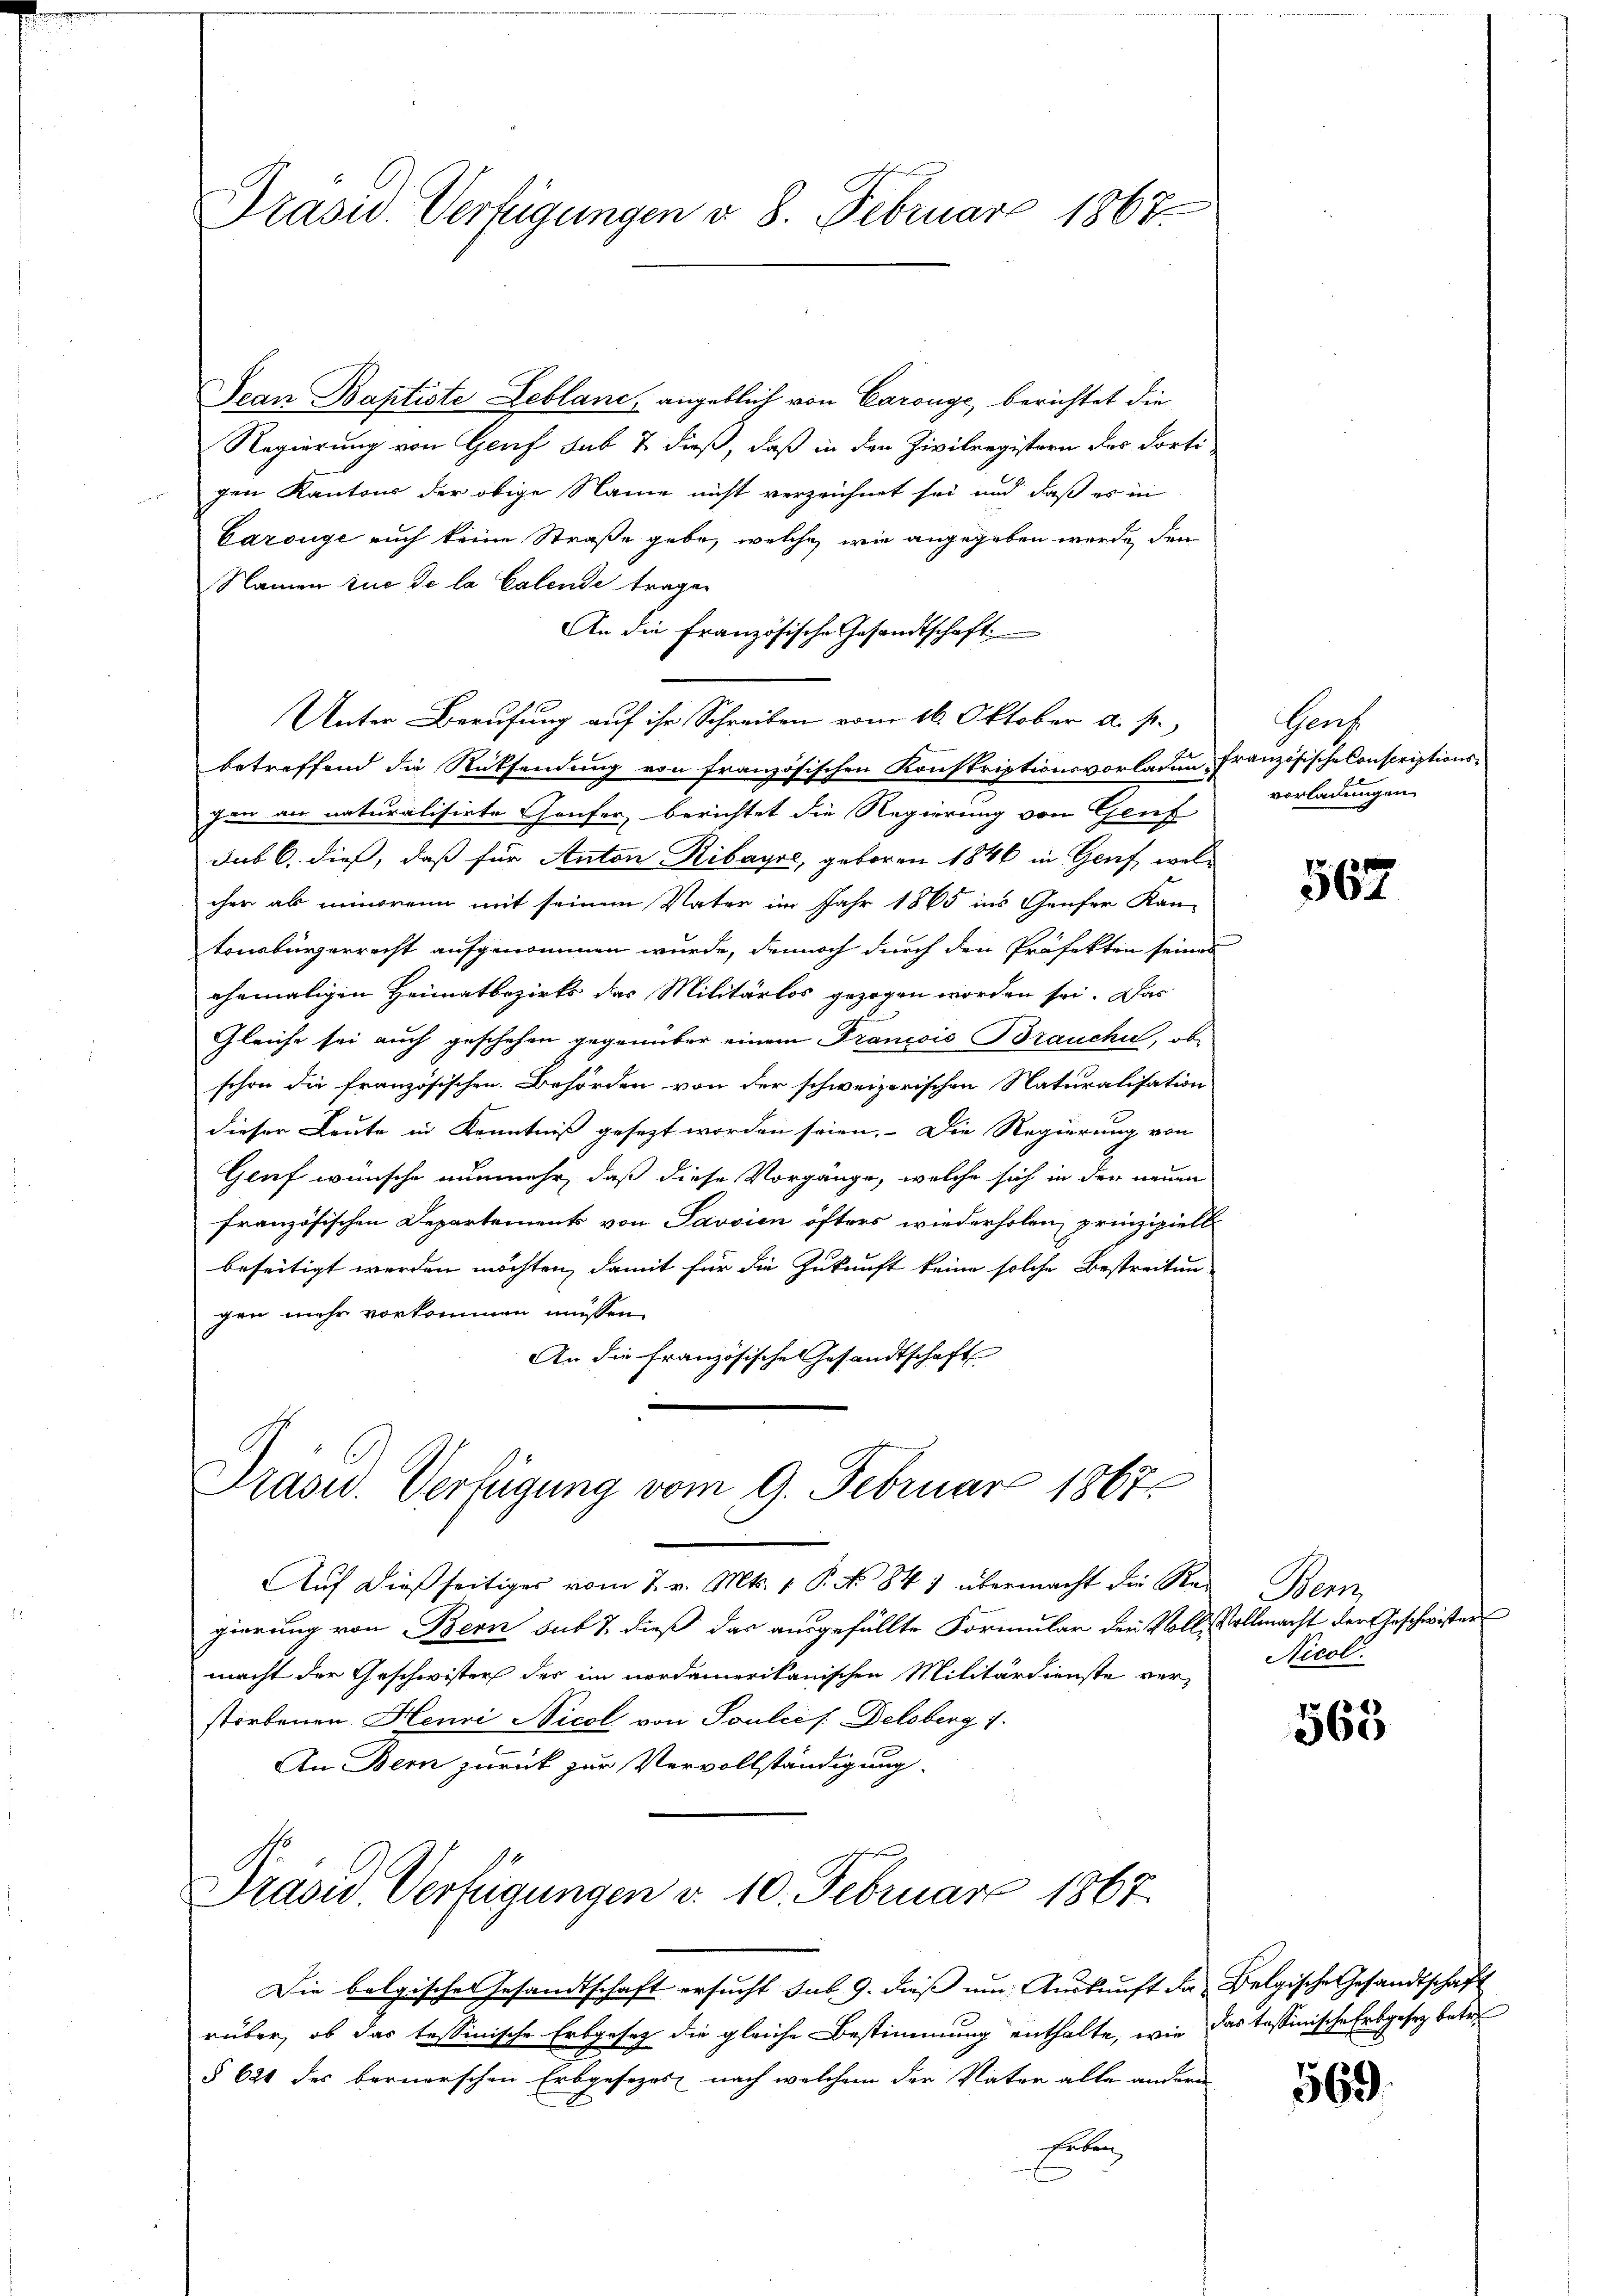
Dean Baptiste Leblanc, angeblich von Carouge, berichtet die
Regierung von Genf sub & dieß, daß in den Zivilregistern des dorti-
gen Kantons der obige Name nicht verzeichnet sei und daß es in
Carouge auch keine Straße gebe, welche wie angegeben werde, den
Namen zue de la Calende tragen
An die französische Gesandtschaft
Unter Berufung auf ihr Schreiben vom 16. Oktober a. p.,
betreffend die Rücksendung von Französischen Konstriptionsvorladen, französische Conscriptionsgen an naturalisirte aufer, berichtet die Regierung von Gruf
das 6. dieß, daß für Anton Ribayri, geboren 1846 in Genf, welcher ab minorenn mit seinem Vater im Jahr 1865 ins Genfer Kan-
tonsbürgerrecht aufgenommen wurde, dennoch durch den Präfekten seines
ehemaligen Heimatbezirks das Militärlos gezogen worden sei. Das
Gleiche sei auch geschehen gegenüber einem Trancois Brauche, ob
schon die französischen Behörden von der schweizerischen Naturalisation
dieser Leute in Kenntniß gesezt worden seien. Die Regierung von
Genf wünsche nunmehr, daß diese Vorgänge, welche sich in den neuen
französischen Departements von Savsien öfters wiederholen prinzipiell
beseitigt werden möchten, damit für die Zukunft keine solche Bestreitung
gen mehr vorkommen müssen.
An die französische Gesandtschaft

Prasiv. Verfügungen v. 8. Februar 1867

Prasw. Verfügung vom 9. Februar 1867

Auf dießseitiges vom 7. v. Mts. 1 P. No 847 übermacht die Sei Bern,
gierung von Bern sub 1. dieß das ausgefüllte Formular der Voll Vollmacht der Geschwisters
macht der Geschwisters der im nordamerikanischen Militärdienste verstorbenen Henri Nicol von Toulées Delsberg 1.
An Bern zurück zur Vervollständigung

Präsid. Verfügungen d. 10. Februar 1867.

Die belgischen Gesandtschaft ersucht sub. 9. dieß um Auskunft da Belgische Gesandtschaft
rüber, ob das tessinische Erbgesez die gleiche Bestimmung enthalte, wie das tessinische Erbgesez betr
§ 621 des bernerschen Erbgesezes nach welchem der Vater alle andern
Erben

Genz
vorladungen

567

Nicol.

568

569